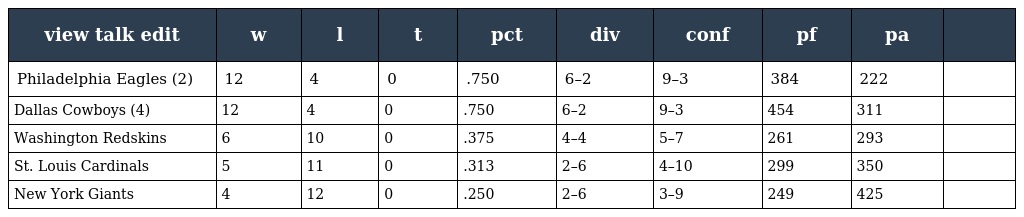
| view talk edit | w | l | t | pct | div | conf | pf | pa |  |
 | --- | --- | --- | --- | --- | --- | --- | --- | --- | --- |
 | Philadelphia Eagles (2) | 12 | 4 | 0 | .750 | 6–2 | 9–3 | 384 | 222 |  |
 | Dallas Cowboys (4) | 12 | 4 | 0 | .750 | 6–2 | 9–3 | 454 | 311 |  |
 | Washington Redskins | 6 | 10 | 0 | .375 | 4–4 | 5–7 | 261 | 293 |  |
 | St. Louis Cardinals | 5 | 11 | 0 | .313 | 2–6 | 4–10 | 299 | 350 |  |
 | New York Giants | 4 | 12 | 0 | .250 | 2–6 | 3–9 | 249 | 425 |  |